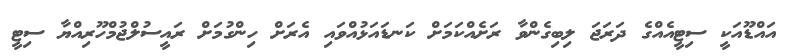
އައްޑޫއަކީ ސިޓީއެއްގެ ދަރަޖަ ލިބިގެންވާ ރަށެއްކަމަށް ކަނޑައަޅުއްވައި އެރަށް ހިންގުމަށް ރައީސުލްޖުމްހޫރިއްޔާ ސިޓީ